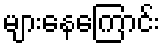
များနေကြောင်း